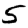
Digit: 5